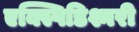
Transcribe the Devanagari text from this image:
एक्स्पिडिश्नरी